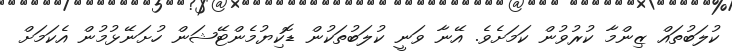
ކުލަބުތައް ޒިންމާ ކުރުވުން ކަމަށެވެ. އޭނާ ވަނީ ކުލަބުތަކުން ޑޮކިޔުމެންޓޭޝަން ހުށަނޭޅުމުން އެކަމަށް